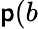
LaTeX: \mathsf{p}(b